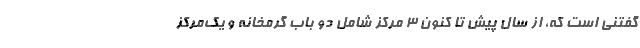
گفتنی است که، از سال پیش تا کنون ۳ مرکز شامل دو باب گرمخانه و یک‌مرکز